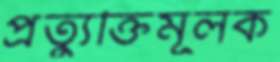
প্রত্যুক্তিমূলক